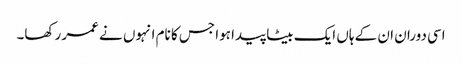
اسی دوران ان کے ہاں ایک بیٹا پیدا ہوا جس کا نام انہوں نے عمر رکھا۔